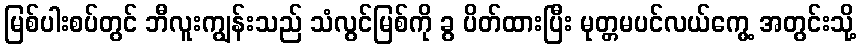
မြစ်ပါးစပ်တွင် ဘီလူးကျွန်းသည် သံလွင်မြစ်ကို ခွ ပိတ်ထားပြီး မုတ္တမပင်လယ်ကွေ့ အတွင်းသို့